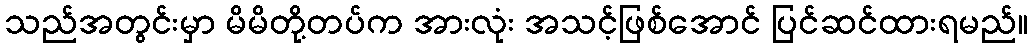
သည်အတွင်းမှာ မိမိတို့တပ်က အားလုံး အသင့်ဖြစ်အောင် ပြင်ဆင်ထားရမည်။